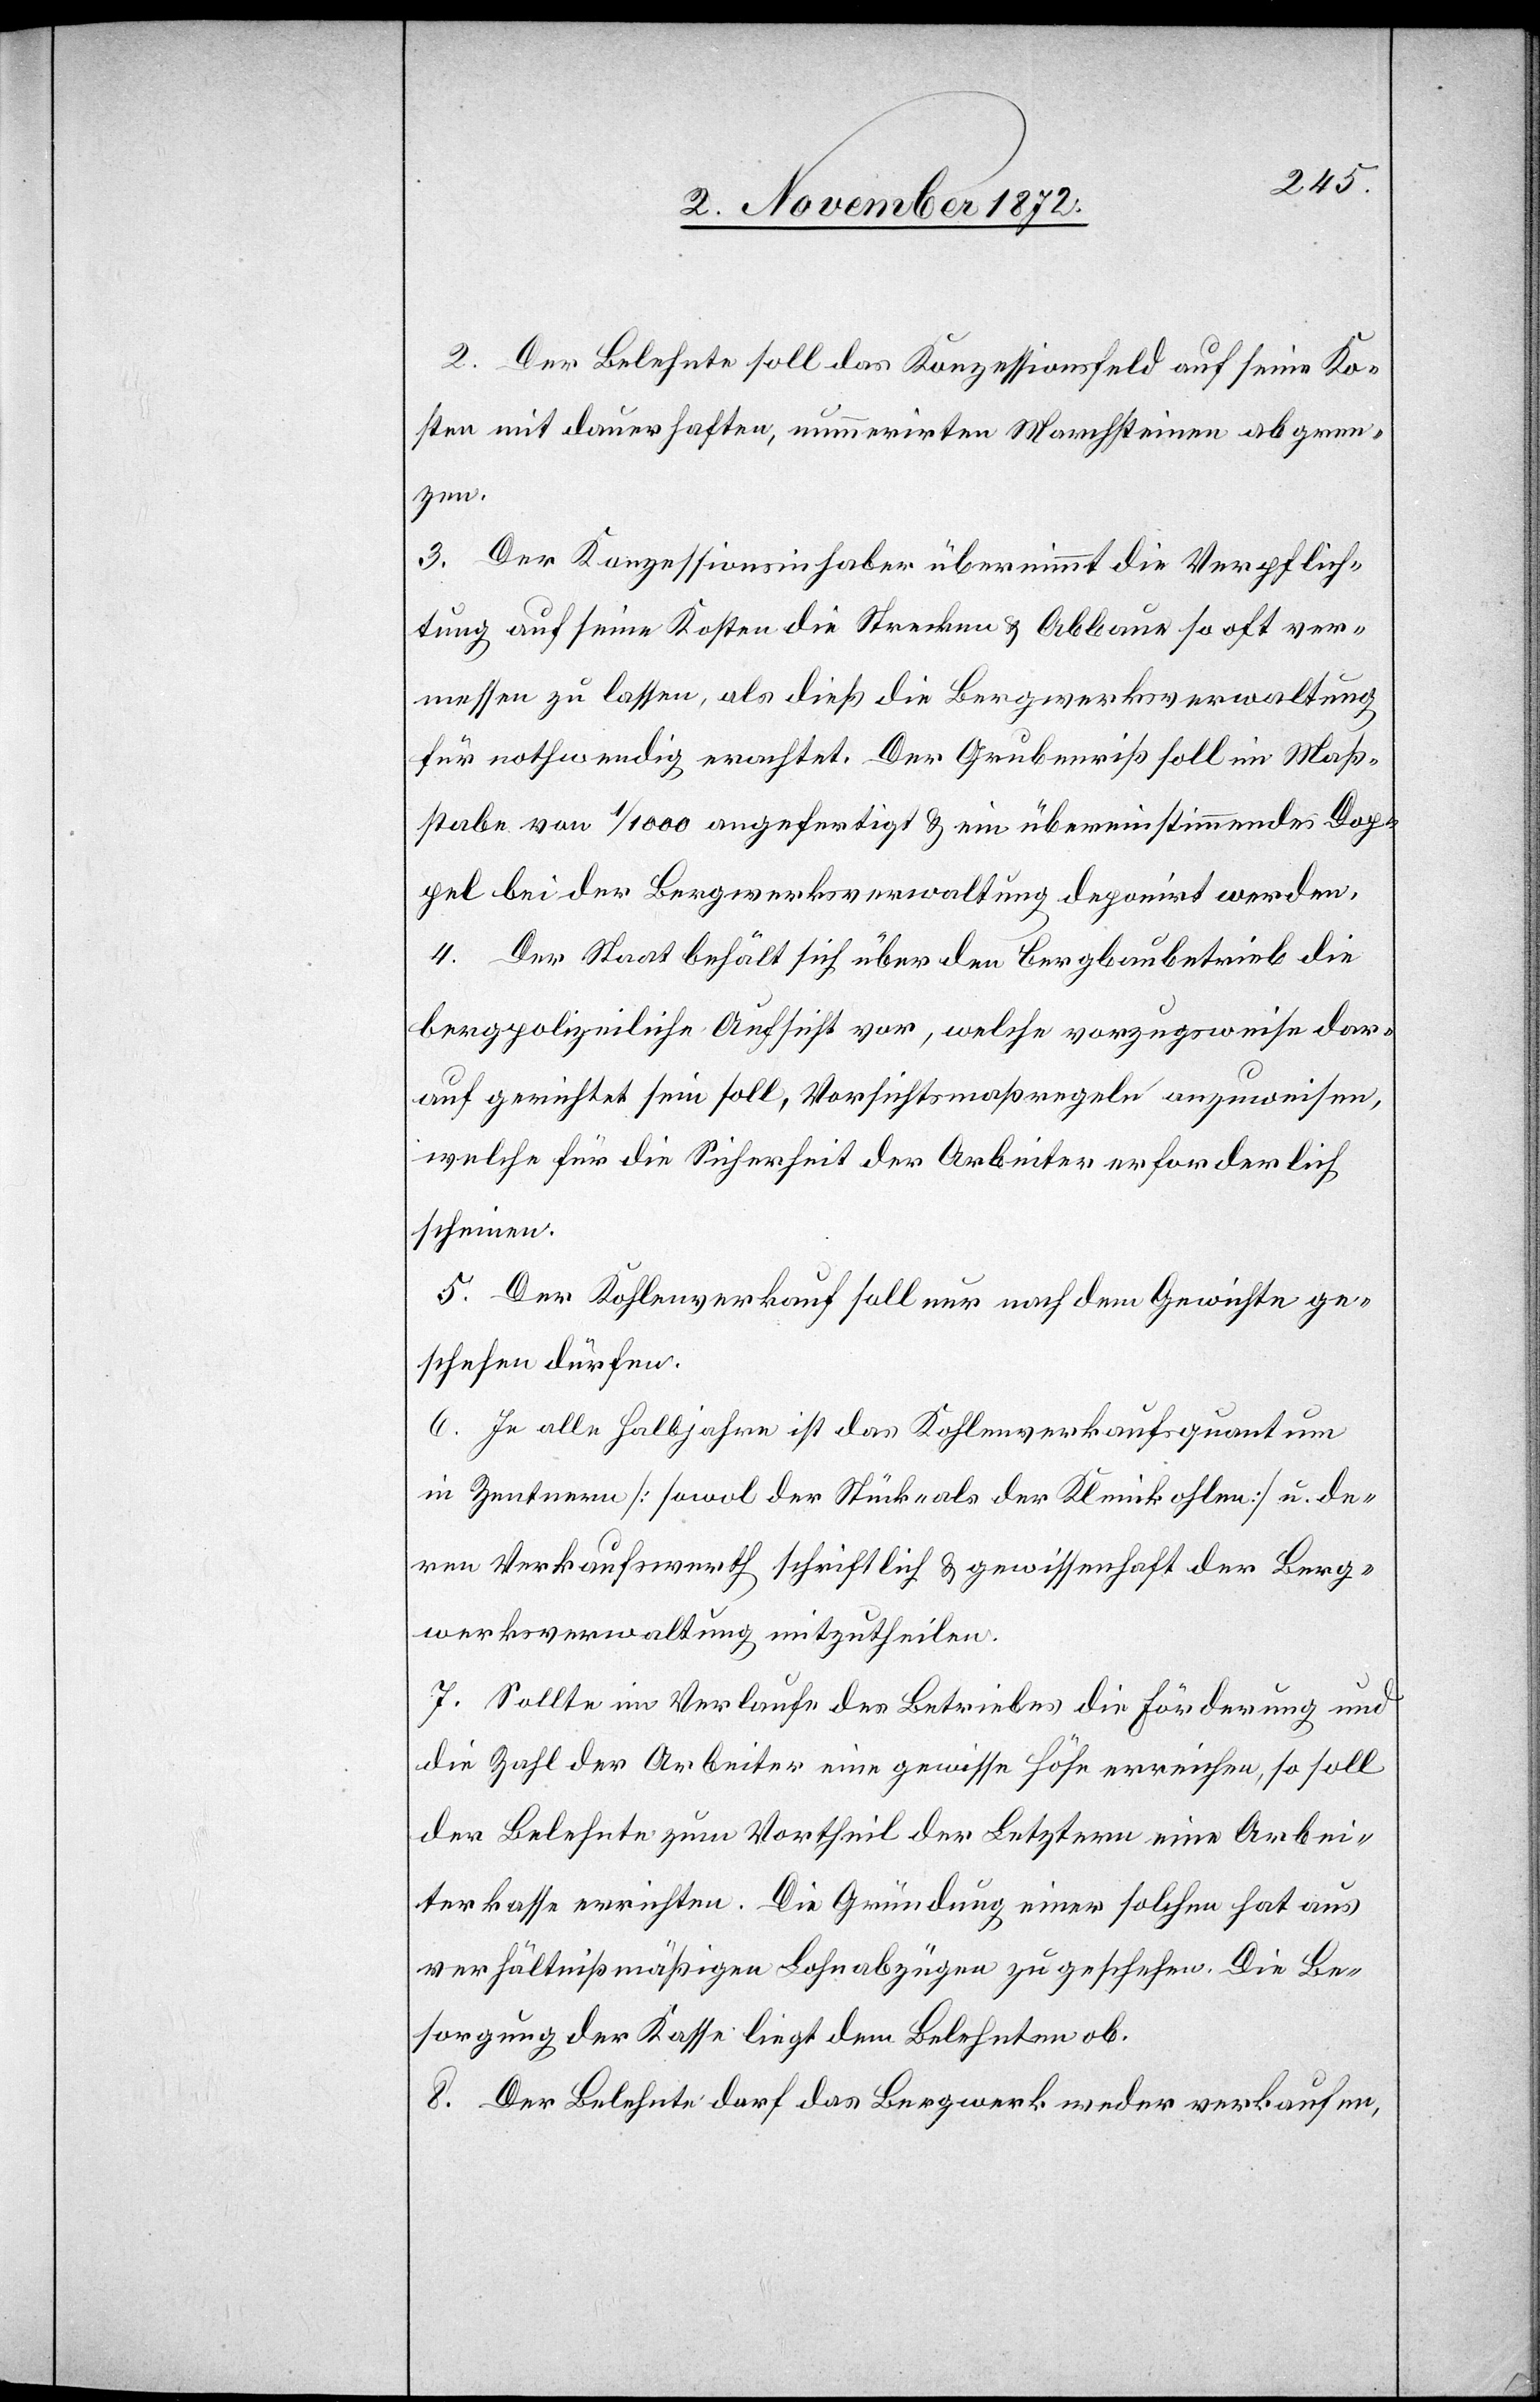
2. Der Belehnte soll das Konzessionsfeld auf seine Ko¬
sten mit dauerhaften, nummerirten Marchsteinen abgren¬
zen.
3. Der Konzessionsinhaber übernimmt die Verpflich¬
tung auf seine Kosten die Strecken u. Abbaue so oft ver¬
messen zu lassen, als dieß die Bergwerksverwaltung
für nothwendig erachtet. Der Grubenriß soll im Maß¬
stabe von 1/1000 angefertigt u. ein übereinstimmendes Dop¬
pel bei der Bergwerksverwaltung deponirt werden.
4. Der Staat behält sich über den Bergbaubetrieb die
bergpolizeiliche Ansicht vor, welche vorzugsweise dar¬
auf gerichtet sein soll, Vorsichtsmaßregeln anzuweisen,
welche für die Sicherheit der Arbeiter erforderlich
scheinen.
5. Der Kohlenverkauf soll nur nach dem Gewichte ge¬
schehen dürfen.
6. In alle Halbjahre ist das Kohlenverkaufsquantum
in Zentnern [sowol der Stücke als der Kleinkohlen] u. de¬
ren Verkaufswerth schriftlich u. gewissenhaft der Berg¬
werksverwaltung mitzutheilen.
7. Sollte im Verkaufe des Betriebes die Förderung und
die Zahl der Arbeiter eine gewisse Höhe erreichen, so soll
der Belehnte zum Vortheil der Leztern eine Arbei¬
terkasse errichten. Die Gründung einer solchen hat aus
verhältnißmäßigen Lohnabzügen zu geschehen. Die Be¬
sorgung der Kasse liegt dem Belehnten ob.
8. Der Belehnte darf das Bergwerk weder verkaufen,